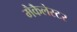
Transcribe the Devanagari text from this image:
मैकैलेस्टर